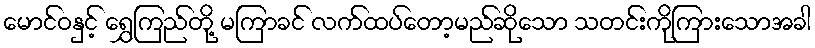
မောင်ဝနှင့် ရွှေကြည်တို့ မကြာခင် လက်ထပ်တော့မည်ဆိုသော သတင်းကိုကြားသောအခါ